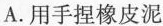
A.用手捏橡皮泥